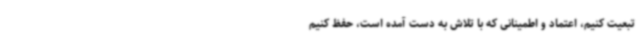
تبعیت کنیم، اعتماد و اطمینانی که با تلاش به دست آمده است، حفظ کنیم